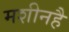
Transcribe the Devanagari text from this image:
मशीनहै